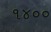
૧૪૦૦